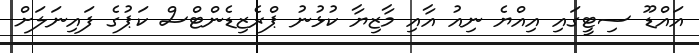
އައްޑޫ ސިޓީގައި އިއްޔެ ނިއު އާއި މާޒިޔާ ކުޅުނު ޕްރެޒިޑެންޓްސް ކަޕުގެ ފައިނަލަށް